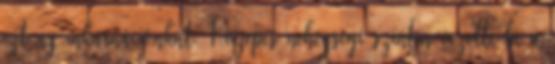
ezt az inkarnációnkat. Közepes nehézségi szinten vezette be a